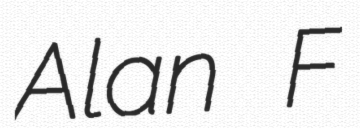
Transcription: Alan F